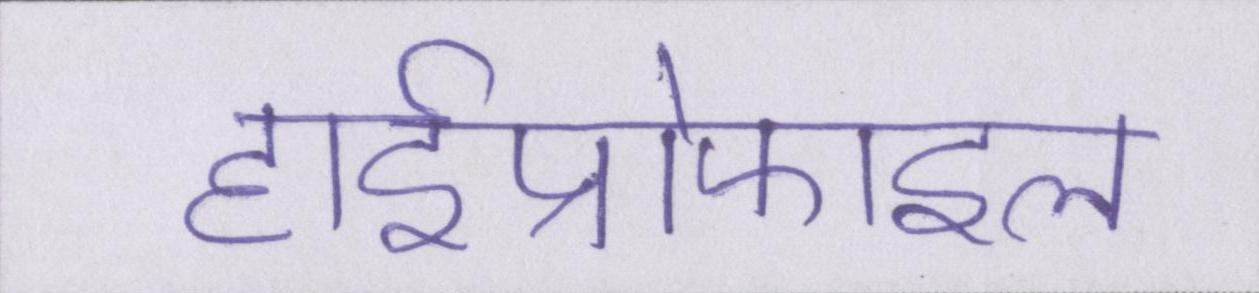
हाईप्रोफाइल